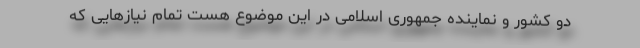
دو کشور و نماینده جمهوری اسلامی در این موضوع هست تمام نیازهایی که